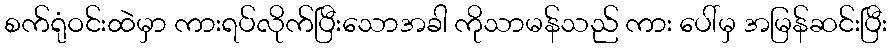
စက်ရုံဝင်းထဲမှာ ကားရပ်လိုက်ပြီးသောအခါ ကိုသာမန်သည် ကား ပေါ်မှ အမြန်ဆင်းပြီး